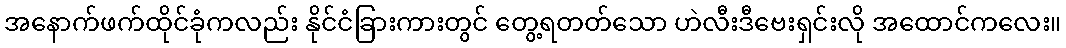
အနောက်ဖက်ထိုင်ခုံကလည်း နိုင်ငံခြားကားတွင် တွေ့ရတတ်သော ဟဲလီးဒီဗေးရှင်းလို အထောင်ကလေး။